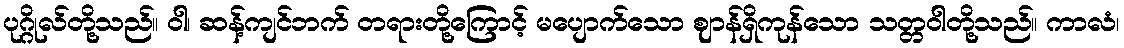
ပုဂ္ဂိုလ်တို့သည်။ ဝါ၊ ဆန့်ကျင်ဘက် တရားတို့ကြောင့် မပျောက်သော ဈာန်ရှိကုန်သော သတ္တဝါတို့သည်။ ကာလံ၊